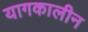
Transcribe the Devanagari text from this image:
यागकालीन